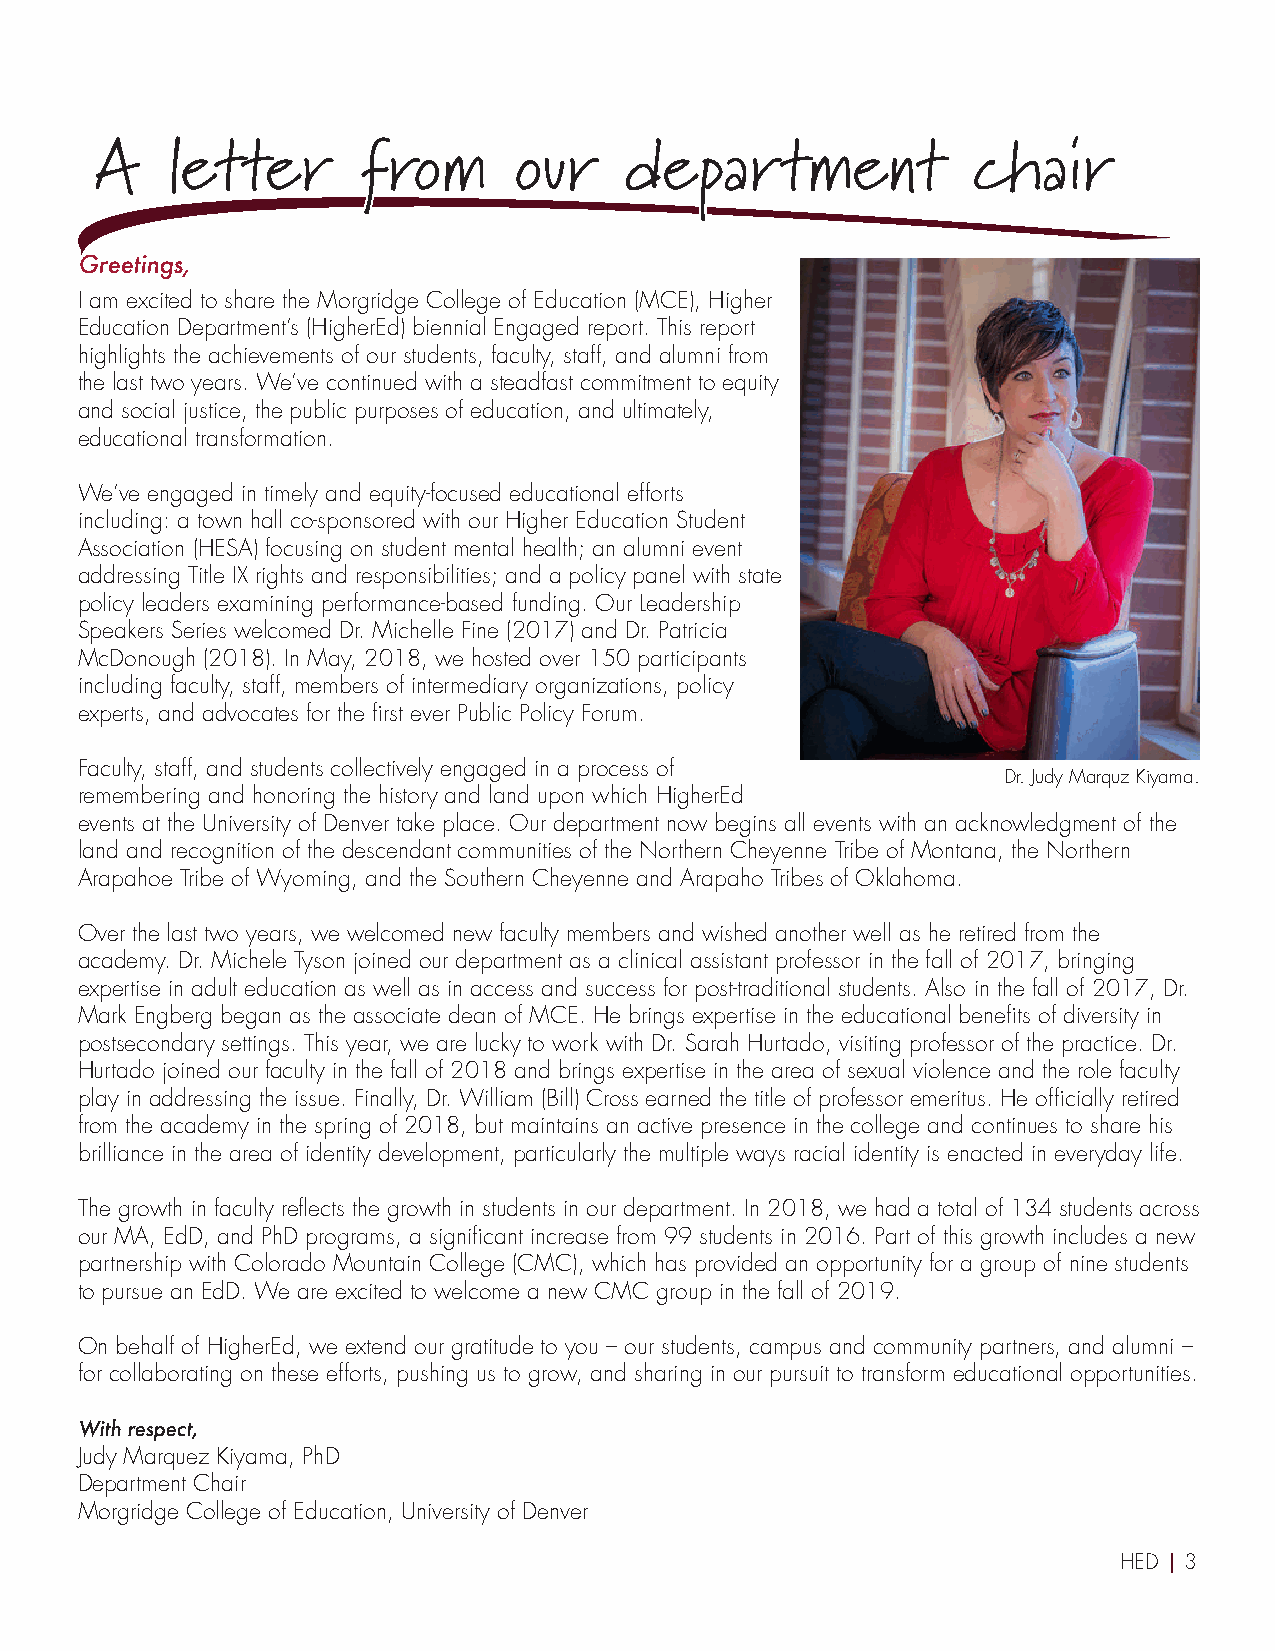
Table of Contents A letter from   our    department             chair
 Greetings,
 I am excited to share the Morgridge College of Education (MCE), Higher
 Education Department’s (HigherEd) biennial Engaged report. This report
 highlights the achievements of our students, faculty, staff, and alumni from
 the last two years. We’ve continued with a steadfast commitment to equity
 and social justice, the public purposes of education, and ultimately,
 educational transformation.
 We’ve engaged in timely and equity-focused educational efforts
 including: a town hall co-sponsored with our Higher Education Student
 Association (HESA) focusing on student mental health; an alumni event
 addressing Title IX rights and responsibilities; and a policy panel with state
 policy leaders examining performance-based funding. Our Leadership
 Speakers Series welcomed Dr. Michelle Fine (2017) and Dr. Patricia
 McDonough (2018). In May, 2018, we hosted over 150 participants
 including faculty, staff, members of intermediary organizations, policy
 experts, and advocates for the first ever Public Policy Forum.
 Faculty, staff, and students collectively engaged in a process of
 Dr. Judy Marquz Kiyama.
 remembering and honoring the history and land upon which HigherEd
 events at the University of Denver take place. Our department now begins all events with an acknowledgment of the
 land and recognition of the descendant communities of the Northern Cheyenne Tribe of Montana, the Northern
 Arapahoe Tribe of Wyoming, and the Southern Cheyenne and Arapaho Tribes of Oklahoma.
 Over the last two years, we welcomed new faculty members and wished another well as he retired from the
 academy. Dr. Michele Tyson joined our department as a clinical assistant professor in the fall of 2017, bringing
 expertise in adult education as well as in access and success for post-traditional students. Also in the fall of 2017, Dr.
 Mark Engberg began as the associate dean of MCE. He brings expertise in the educational benefits of diversity in
 postsecondary settings. This year, we are lucky to work with Dr. Sarah Hurtado, visiting professor of the practice. Dr.
 Hurtado joined our faculty in the fall of 2018 and brings expertise in the area of sexual violence and the role faculty
 play in addressing the issue. Finally, Dr. William (Bill) Cross earned the title of professor emeritus. He officially retired
 from the academy in the spring of 2018, but maintains an active presence in the college and continues to share his
 brilliance in the area of identity development, particularly the multiple ways racial identity is enacted in everyday life.
 The growth in faculty reflects the growth in students in our department. In 2018, we had a total of 134 students across
 our MA, EdD, and PhD programs, a significant increase from 99 students in 2016. Part of this growth includes a new
 partnership with Colorado Mountain College (CMC), which has provided an opportunity for a group of nine students
 to pursue an EdD. We are excited to welcome a new CMC group in the fall of 2019.
 On behalf of HigherEd, we extend our gratitude to you – our students, campus and community partners, and alumni –
 for collaborating on these efforts, pushing us to grow, and sharing in our pursuit to transform educational opportunities.
 With respect,
 Judy Marquez Kiyama, PhD
 Department Chair
 Morgridge College of Education, University of Denver
 HED | 3